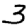
Digit: 3